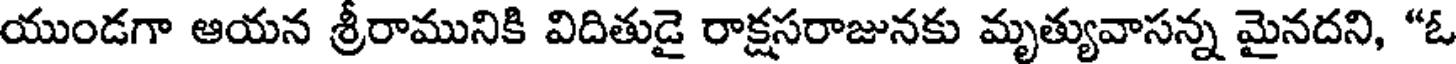
యుండగా ఆయన శ్రీరామునికి విదితుడై రాక్షసరాజునకు మృత్యువాసన్న మైనదని, "ఓ